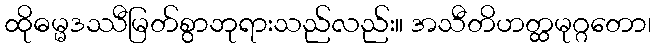
ထိုဓမ္မဒဿီမြတ်စွာဘုရားသည်လည်း။ အသီတိဟတ္ထမုဂ္ဂတော၊